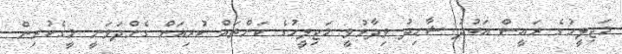
މަޖިލީހުގެ ރައީސް އަބުދު ޝާޙިދު ވިދާޅުވީ މަޖިލީހުގެ ކަންތައް ކުރިއަށް ގެންދަވަނީ މީގެކުރިން